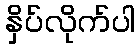
နှိပ်လိုက်ပါ